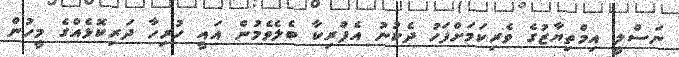
ނަސްލީ އިމްތިޔާޒުގެ ވެރިކަމަށްފަހު ދެކުނު އެފްރިކާ ބެލެވެމުން އައީ ހުރިހާ ދަރިކޮޅެއްގެ މީހުން